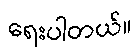
ရေးပါတယ်။